Report on plague and inoculation in the Punjab from October 1st ... to September 30th..., being the ... season of plague in the province
Disease focus: Plague
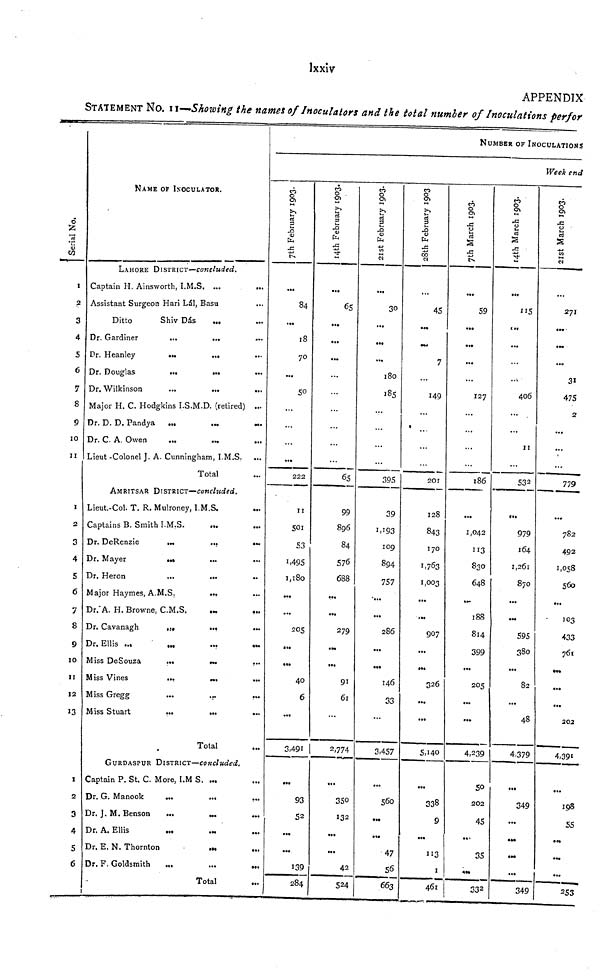
Ixxiv
APPENDIX
STATEMENT NO. II—Showing the names of Inoculators and the total number of Inoculations perfor
Serial No.
I
2
3
4
5
6
7
8
9
10
11
1
2
3
4
5
6
7
8
9
10
11
12
13
1
2
4
5
6
NAME OF INOCULATOR.
LAHORE DISTRICT—concluded.
Captain H. Ainsworth, I.M.S. ...
Assistant Surgeon Hari Lál, Basu
Ditto
Shiv Dás
...
Dr. Gardiner
...
•••
•••
Dr. Heanley
•••
•••
•••
Dr. Douglas
...
•••
Dr. Wilkinson
...
•••
•••
Major H. C. Hodgkins I.S.M.D. (retired) ...
Dr. D. D. Pandya
...
...
—
Dr. C. A. Owen
...
Lieut -Colonel J. A. Cunningham, I.M.S. ...
Total
AMRITSAR DISTRICT—concluded.
Lieut.-Col. T. R. Mulroney, I.M.S.
Captains B. Smith I.M.S.
Dr. DeRenzie
Dr. Mayer
•••
•••
Dr. Heron
Major Haymes, A.M.S.
••.
Dr. A. H. Browne, C.M.S.
Dr. Cavanagh
Dr. Ellis ...
Miss DeSouza
...
Miss Vines
...
Miss Gregg
Miss Stuart
...
•••
••
Total
GURDASPUR DISTRICT—concluded.
Captain P. St. C. More, I.M S. ...
Dr. G. Manook
...
••»
••
Dr. J. M. Benson
...
Dr. A. Ellis
Dr. E. N. Thornton
Dr. F. Goldsmith
...
...
..
Total
7th February 1903.
...
84
...
18
70
...
50
...
222
11
501
53
1,495
1,180
...
...
205
...
...
40
6
...
3.491
...
93
52
...
...
139
284
14th February 1903.
...
65
...
...
...
65
99
896
84
576
688
...
...
279
...
91
61
2,774
...
350
132
...
...
42
524
21st February 1903.
...
30
...
...
...
180
185
...
395
39
1,193
109
894
757
...
...
286
...
...
146
33
3,457
...
560
...
47
56
663
28th February 1903
...
45
...
7
149
201
128
843
170
1,763
1,003
...
...
907
...
...
326
...
...
5,140
...
338
9
...
"3
1
461
NUMBER OF INOCULATIONS
17th
March 1903.
...
59
...
...
...
127
...
...
186
...
1,042
113
830
648
...
188
814
399
...
205
...
4,239
50
202
45
35
33 2
Week end
14th March 1903.
...
115
...
406
••• .
...
11
532
979
164
1,261
870
...
595
380
...
82
...
48
4,379
...
349
...
...
349
21st March 1903,
...
271
...
...
475
2
...
...
779
...
782
492
1,058
560
...
103
433
761
...
...
202
4,391
...
198
55
...
...
253